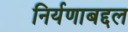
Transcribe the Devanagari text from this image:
निर्यणाबद्दल